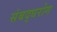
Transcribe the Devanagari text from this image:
संबद्धरोग